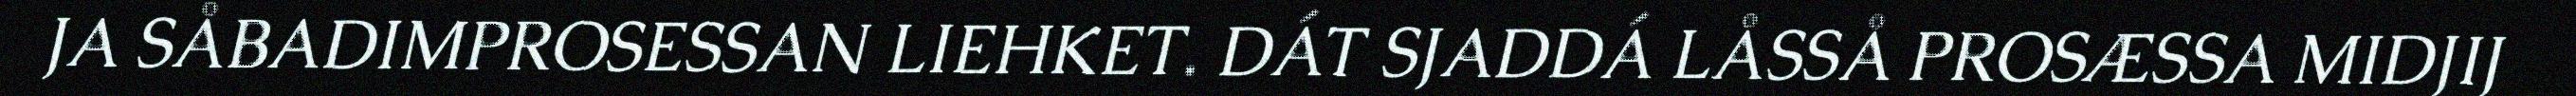
JA SÅBADIMPROSESSAN LIEHKET. DÁT SJADDÁ LÅSSÅ PROSÆSSA MIDJIJ